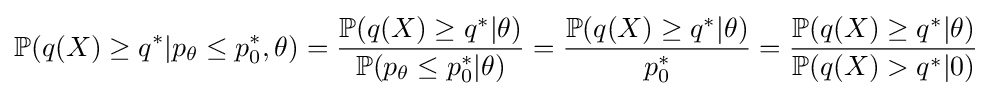
\mathbb {P} (q(X)\geq q^{*}|p_{\theta }\leq p_{0}^{*},\theta )={\frac {\mathbb {P} (q(X)\geq q^{*}|\theta )}{\mathbb {P} (p_{\theta }\leq p_{0}^{*}|\theta )}}={\frac {\mathbb {P} (q(X)\geq q^{*}|\theta )}{p_{0}^{*}}}={\frac {\mathbb {P} (q(X)\geq q^{*}|\theta )}{\mathbb {P} (q(X)>q^{*}|0)}}